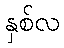
နှစ်လ